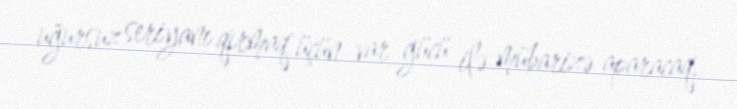
uğursuz seriyanı qırmaq üçün var gücü ilə mübarizə aparacaq.